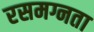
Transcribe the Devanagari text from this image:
रसमग्नता